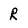
Character: R